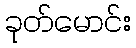
ခုတ်မောင်း